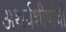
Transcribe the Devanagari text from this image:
अथर्वशीर्षांची